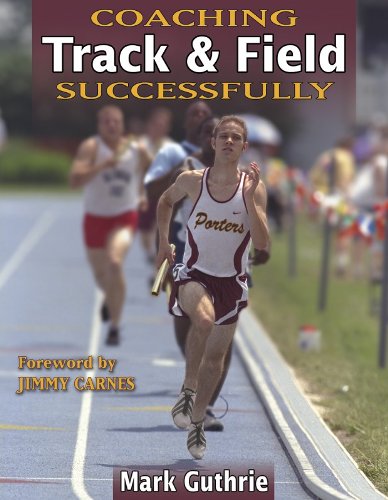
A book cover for Coaching Track & Field Successfully (Coaching Successfully Series); Mark Guthrie; Sports & Outdoors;